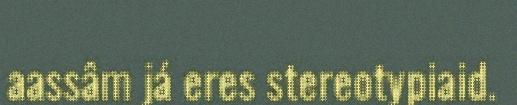
aassâm já eres stereotypiaid.